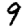
Digit: 9